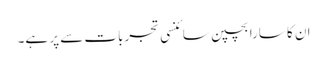
ان کا سارا بچپن سائنسی تجربات سے پر ہے۔